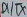
Text: DI/DX